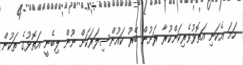
ހަމަ އެކަނި އަތޮޅުވެރިކަންކުރާ ރަށުން ބޭރު ކައުންސިލަރަކަށް ނޫން ލިބެނީ އަތޮޅުގެ ތަކުން